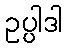
ဥပ္ပါဒါ